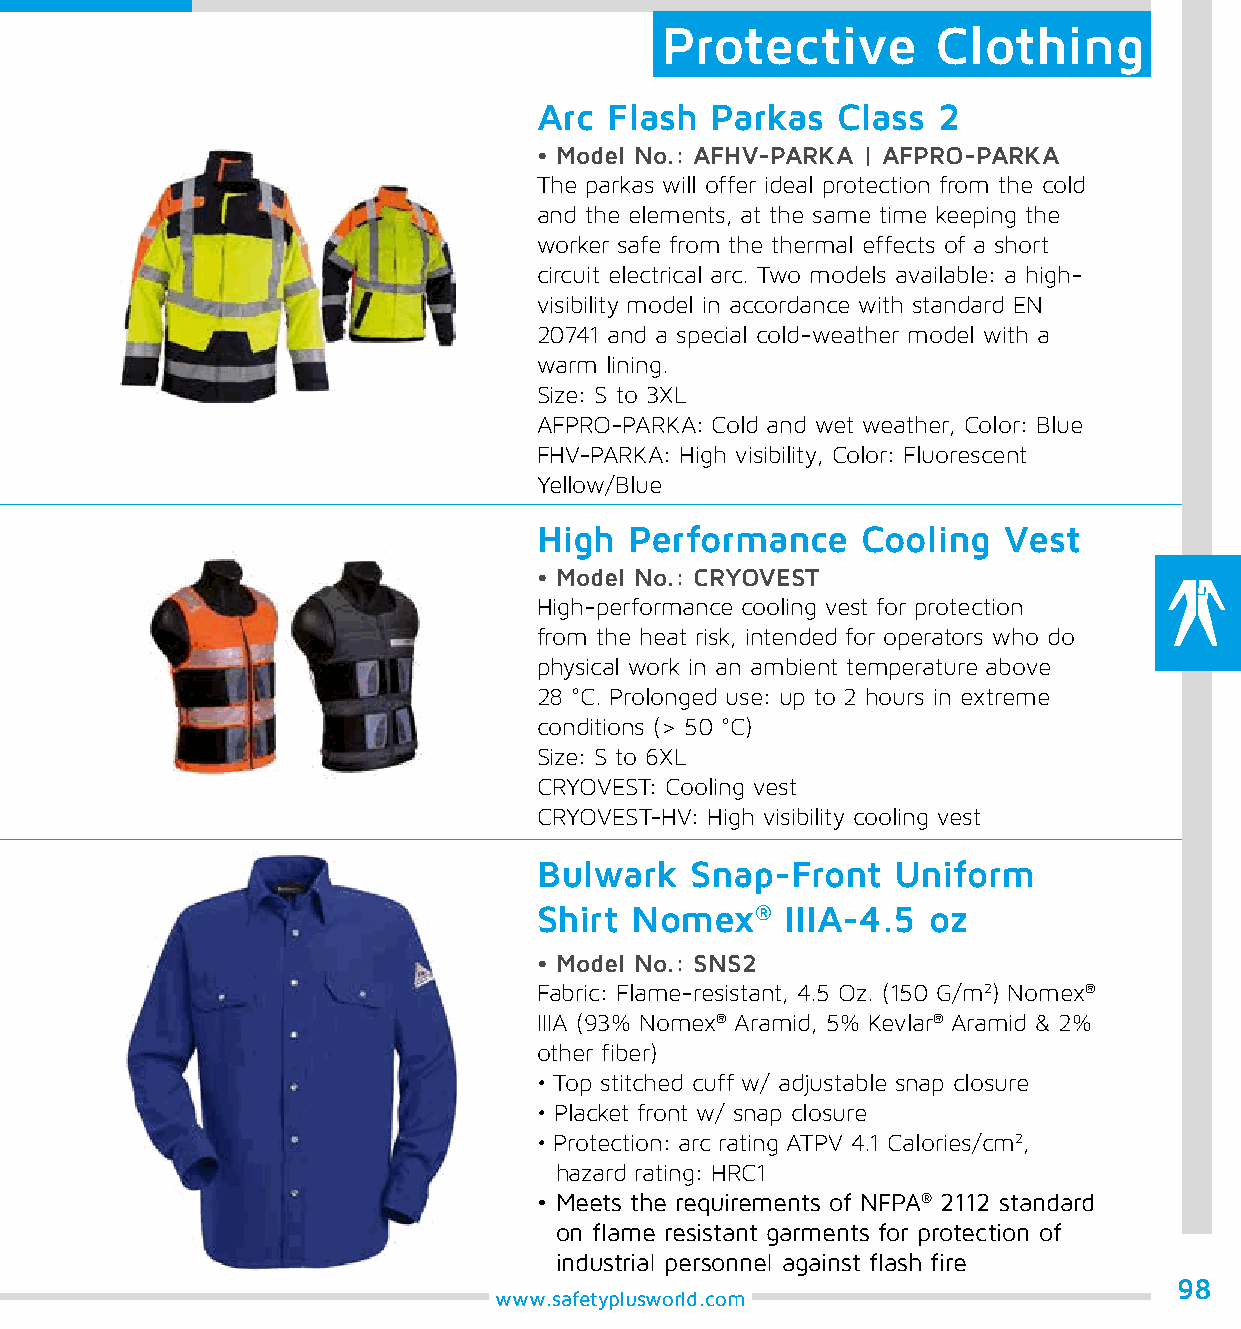
Protective        Clothing
 Arc Flash  Parkas  Class  2
 • Model No.: AFHV-PARKA | AFPRO-PARKA
 The parkas will offer ideal protection from the cold
 and the elements, at the same time keeping the
 worker safe from the thermal effects of a short
 circuit electrical arc. Two models available: a high-
 visibility model in accordance with standard EN
 20741 and a special cold-weather model with a
 warm lining.
 Size: S to 3XL
 AFPRO-PARKA: Cold and wet weather, Color: Blue
 FHV-PARKA: High visibility, Color: Fluorescent
 Yellow/Blue
 High  Performance    Cooling  Vest
 • Model No.: CRYOVEST
 High-performance cooling vest for protection
 from the heat risk, intended for operators who do
 physical work in an ambient temperature above
 28 °C. Prolonged use: up to 2 hours in extreme
 conditions (> 50 °C)
 Size: S to 6XL
 CRYOVEST: Cooling vest
 CRYOVEST-HV: High visibility cooling vest
 Bulwark   Snap-Front   Uniform
 Shirt Nomex®    IIIA-4.5 oz
 • Model No.: SNS2
 Fabric: Flame-resistant, 4.5 Oz. (150 G/m2) Nomex®
 IIIA (93% Nomex® Aramid, 5% Kevlar® Aramid & 2%
 other fiber)
 • Top stitched cuff w/ adjustable snap closure
 • Placket front w/ snap closure
 • Protection: arc rating ATPV 4.1 Calories/cm2,
 hazard rating: HRC1
 • Meets the requirements of NFPA® 2112 standard
 on flame resistant garments for protection of
 industrial personnel against flash fire
 98
 www.safetyplusworld.com